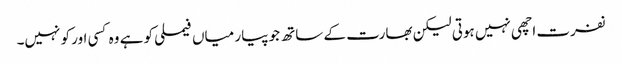
نفرت اچھی نہیں ہوتی لیکن بھارت کے ساتھ جو پیار میاں فیملی کو ہے وہ کسی اور کو نہیں۔